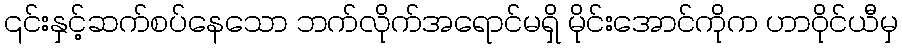
၎င်းနှင့်ဆက်စပ်နေသော ဘက်လိုက်အရောင်မရှိ မိုင်းအောင်ကိုက ဟာဝိုင်ယီမှ